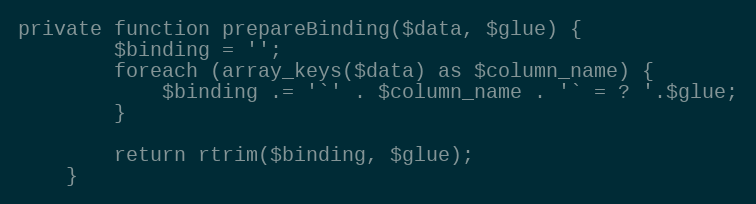
Language: PHP
private function prepareBinding($data, $glue) {
        $binding = '';
        foreach (array_keys($data) as $column_name) {
            $binding .= '`' . $column_name . '` = ? '.$glue;
        }

        return rtrim($binding, $glue);
    }